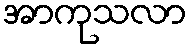
အာကုသလာ